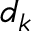
d _ { k }